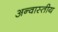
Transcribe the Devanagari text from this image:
अन्वास्तीय